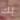
بك